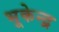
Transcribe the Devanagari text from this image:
भूकेन्द्र